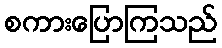
စကားပြောကြသည်